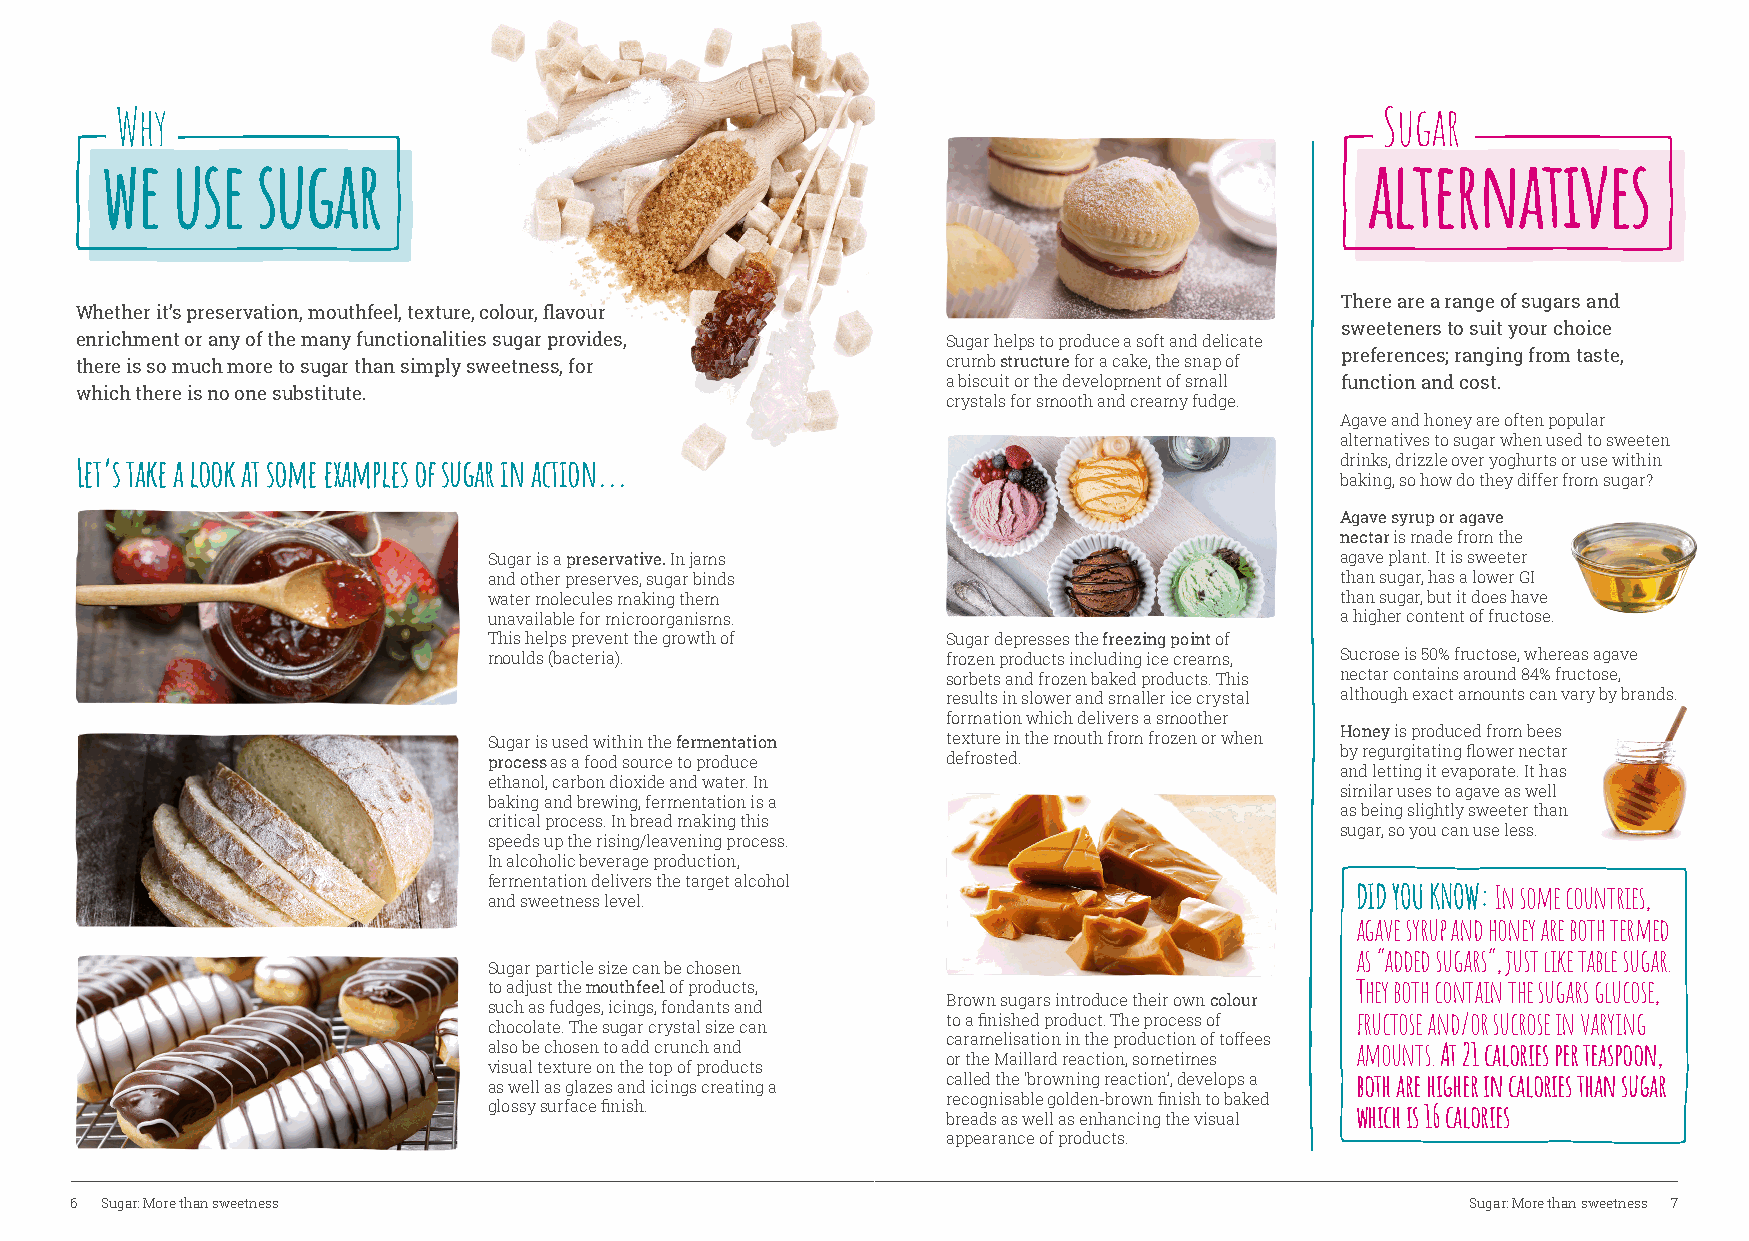
Why                                                                                Sugar
 we  use   sugar                                                                    alternatives
 There are a range of sugars and
 Whether it’s preservation, mouthfeel, texture, colour, flavour
 sweeteners to suit your choice
 enrichment or any of the many functionalities sugar provides, Sugar helps to produce a soft and delicate
 preferences; ranging from taste,
 there is so much more to sugar than simply sweetness, for crumb structure for a cake, the snap of
 a biscuit or the development of small function and cost.
 which there is no one substitute.
 crystals for smooth and creamy fudge.
 Agave and honey are often popular
 alternatives to sugar when used to sweeten
 Let’s take a look at some examples of sugar in action...                            drinks, drizzle over yoghurts or use within
 baking, so how do they differ from sugar?
 Agave syrup or agave
 nectar is made from the
 Sugar is a preservative. In jams                         agave plant. It is sweeter
 and other preserves, sugar binds                         than sugar, has a lower GI
 water molecules making them                              than sugar, but it does have
 unavailable for microorganisms.                          a higher content of fructose.
 This helps prevent the growth of Sugar depresses the freezing point of
 moulds (bacteria).             frozen products including ice creams, Sucrose is 50% fructose, whereas agave
 sorbets and frozen baked products. This nectar contains around 84% fructose,
 results in slower and smaller ice crystal although exact amounts can vary by brands.
 formation which delivers a smoother
 Honey is produced from bees
 Sugar is used within the fermentation texture in the mouth from frozen or when
 by regurgitating flower nectar
 process as a food source to produce defrosted.
 and letting it evaporate. It has
 ethanol, carbon dioxide and water. In
 similar uses to agave as well
 baking and brewing, fermentation is a
 as being slightly sweeter than
 critical process. In bread making this
 sugar, so you can use less.
 speeds up the rising/leavening process.
 In alcoholic beverage production,
 fermentation delivers the target alcohol
 DID YOU KNOW: In some countries,
 and sweetness level.
 agave syrup and honey are both termed
 as “added sugars”, just like table sugar.
 Sugar particle size can be chosen
 to adjust the mouthfeel of products,                      They both contain the sugars glucose,
 Brown sugars introduce their own colour
 such as fudges, icings, fondants and
 to a finished product. The process of fructose and/or sucrose in varying
 chocolate. The sugar crystal size can
 caramelisation in the production of toffees
 also be chosen to add crunch and                          amounts. At 21 calories per teaspoon,
 or the Maillard reaction, sometimes
 visual texture on the top of products
 called the ‘browning reaction’, develops a both are higher in calories than sugar
 as well as glazes and icings creating a
 recognisable golden-brown finish to baked
 glossy surface finish.                                    which is 16 calories
 breads as well as enhancing the visual
 appearance of products.
 6 Sugar: More than sweetness                                                                Sugar: More than sweetness 7